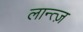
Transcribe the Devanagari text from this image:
लान्त्ज़